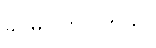
ခင်မင်ကြပါတယ်။